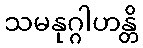
သမနုဂ္ဂါဟန္တိ